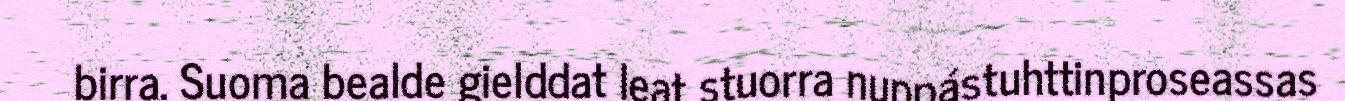
birra. Suoma bealde gielddat leat stuorra nuppástuhttinproseassas